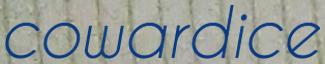
cowardice